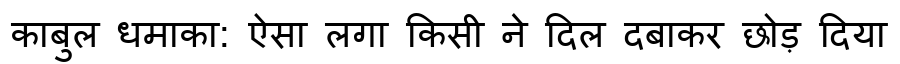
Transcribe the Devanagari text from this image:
काबुल धमाका: ऐसा लगा किसी ने दिल दबाकर छोड़ दिया